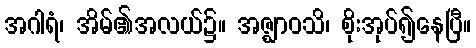
အဂါရံ၊ အိမ်၏အလယ်၌။ အဇ္ဈာဝသိ၊ စိုးအုပ်၍နေပြီ။